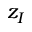
z _ { I }